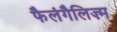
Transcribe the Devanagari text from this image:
फैलंगैलिज़्म